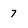
Character: 7